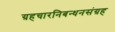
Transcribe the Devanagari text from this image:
ग्रहचारनिबन्धनसंग्रह